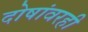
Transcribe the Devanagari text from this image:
दोषांवरही